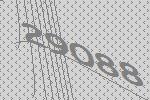
29088